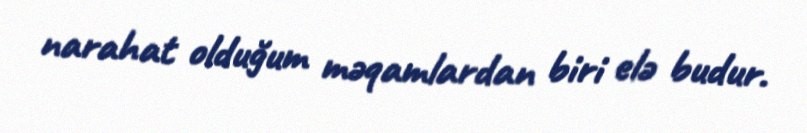
narahat olduğum məqamlardan biri elə budur.